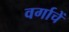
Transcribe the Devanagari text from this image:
वर्गाचें